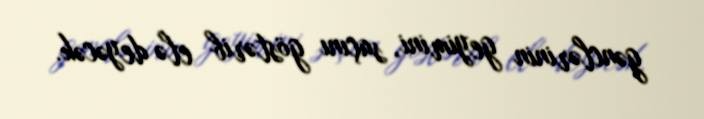
gənclərinin geyimini, saçını göstərib elə deyəcək.